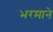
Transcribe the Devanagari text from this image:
भरमाने